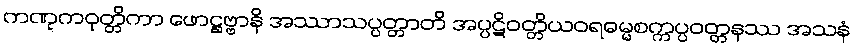
ကဏ္ဋကဝုတ္တိကာ ဖောဋ္ဌဗ္ဗာနိ အဿာသပ္ပတ္တာတိ အပ္ပဋိဝတ္တိယဝရဓမ္မစက္ကပ္ပဝတ္တနဿ အသနံ